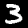
Digit: 3